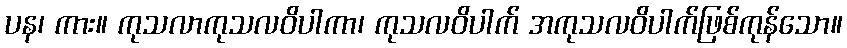
ပန၊ ကား။ ကုသလာကုသလဝိပါကာ၊ ကုသလဝိပါက် အကုသလဝိပါက်ဖြစ်ကုန်သော။